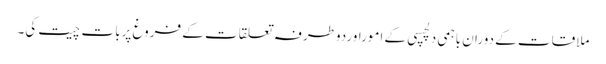
ملاقات کے دوران باہمی دلچسپی کے اموراوردوطرفہ تعلقات کے فروغ پربات چیت کی۔